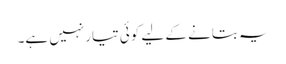
یہ بتانے کے لیے کوئی تیارنہیں ہے۔